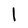
Character: l